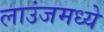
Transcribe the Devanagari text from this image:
लाउंजमध्ये